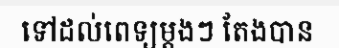
ទៅដល់ពេទ្យម្តងៗ តែងបាន